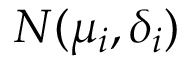
N ( \mu _ { i } , \delta _ { i } )